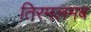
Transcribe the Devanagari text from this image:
तिरमलमब